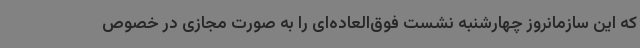
که این سازمانروز چهارشنبه نشست فوق‌العاده‌ای را به صورت مجازی در خصوص